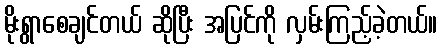
မိုးရွာစေချင်တယ် ဆိုပြီး အပြင်ကို လှမ်းကြည့်ခဲ့တယ်။